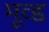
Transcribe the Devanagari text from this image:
मूव्ड